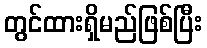
တွင်ထားရှိမည်ဖြစ်ပြီး